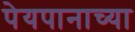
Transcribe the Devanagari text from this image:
पेयपानाच्या